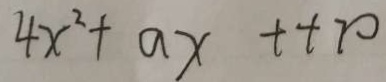
4 x ^ { 2 } + a x + + 7 0